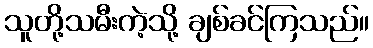
သူတို့သမီးကဲ့သို့ ချစ်ခင်ကြသည်။